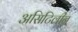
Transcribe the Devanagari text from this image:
असिटिलीन